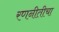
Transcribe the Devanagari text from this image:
रणनीतीचा